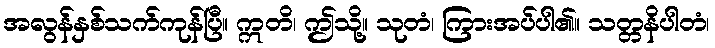
အလွန်နှစ်သက်ကုန်ပြီ။ ဣတိ၊ ဤသို့။ သုတံ၊ ကြားအပ်ပါ၏။ သတ္တနိပါတံ၊